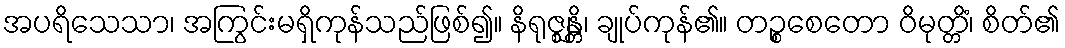
အပရိသေသာ၊ အကြွင်းမရှိကုန်သည်ဖြစ်၍။ နိရုဇ္ဈန္တိ၊ ချုပ်ကုန်၏။ တဉ္စစေတော ဝိမုတ္တိံ၊ စိတ်၏